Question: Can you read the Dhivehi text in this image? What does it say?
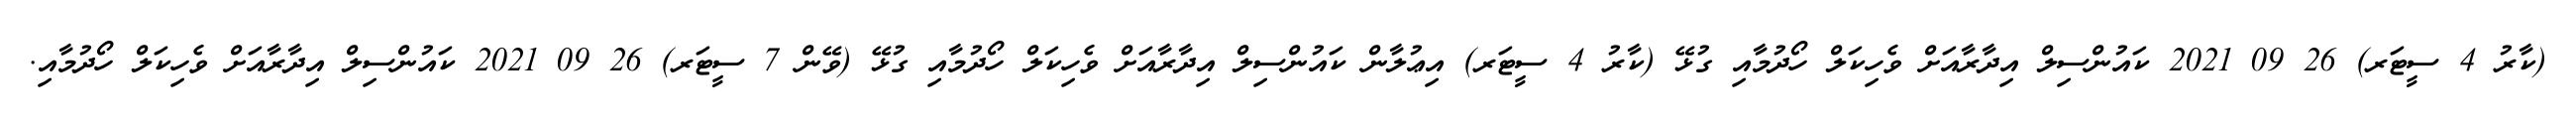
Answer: (ކާރު 4 ސީޓަރ) 26 09 2021 ކައުންސިލް އިދާރާއަށް ވެހިކަލް ހޯދުމާއި ގުޅޭ (ކާރު 4 ސީޓަރ) އިޢުލާން ކައުންސިލް އިދާރާއަށް ވެހިކަލް ހޯދުމާއި ގުޅޭ (ވޭން 7 ސީޓަރ) 26 09 2021 ކައުންސިލް އިދާރާއަށް ވެހިކަލް ހޯދުމާއި.